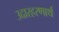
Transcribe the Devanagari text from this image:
उदारहरणार्थ